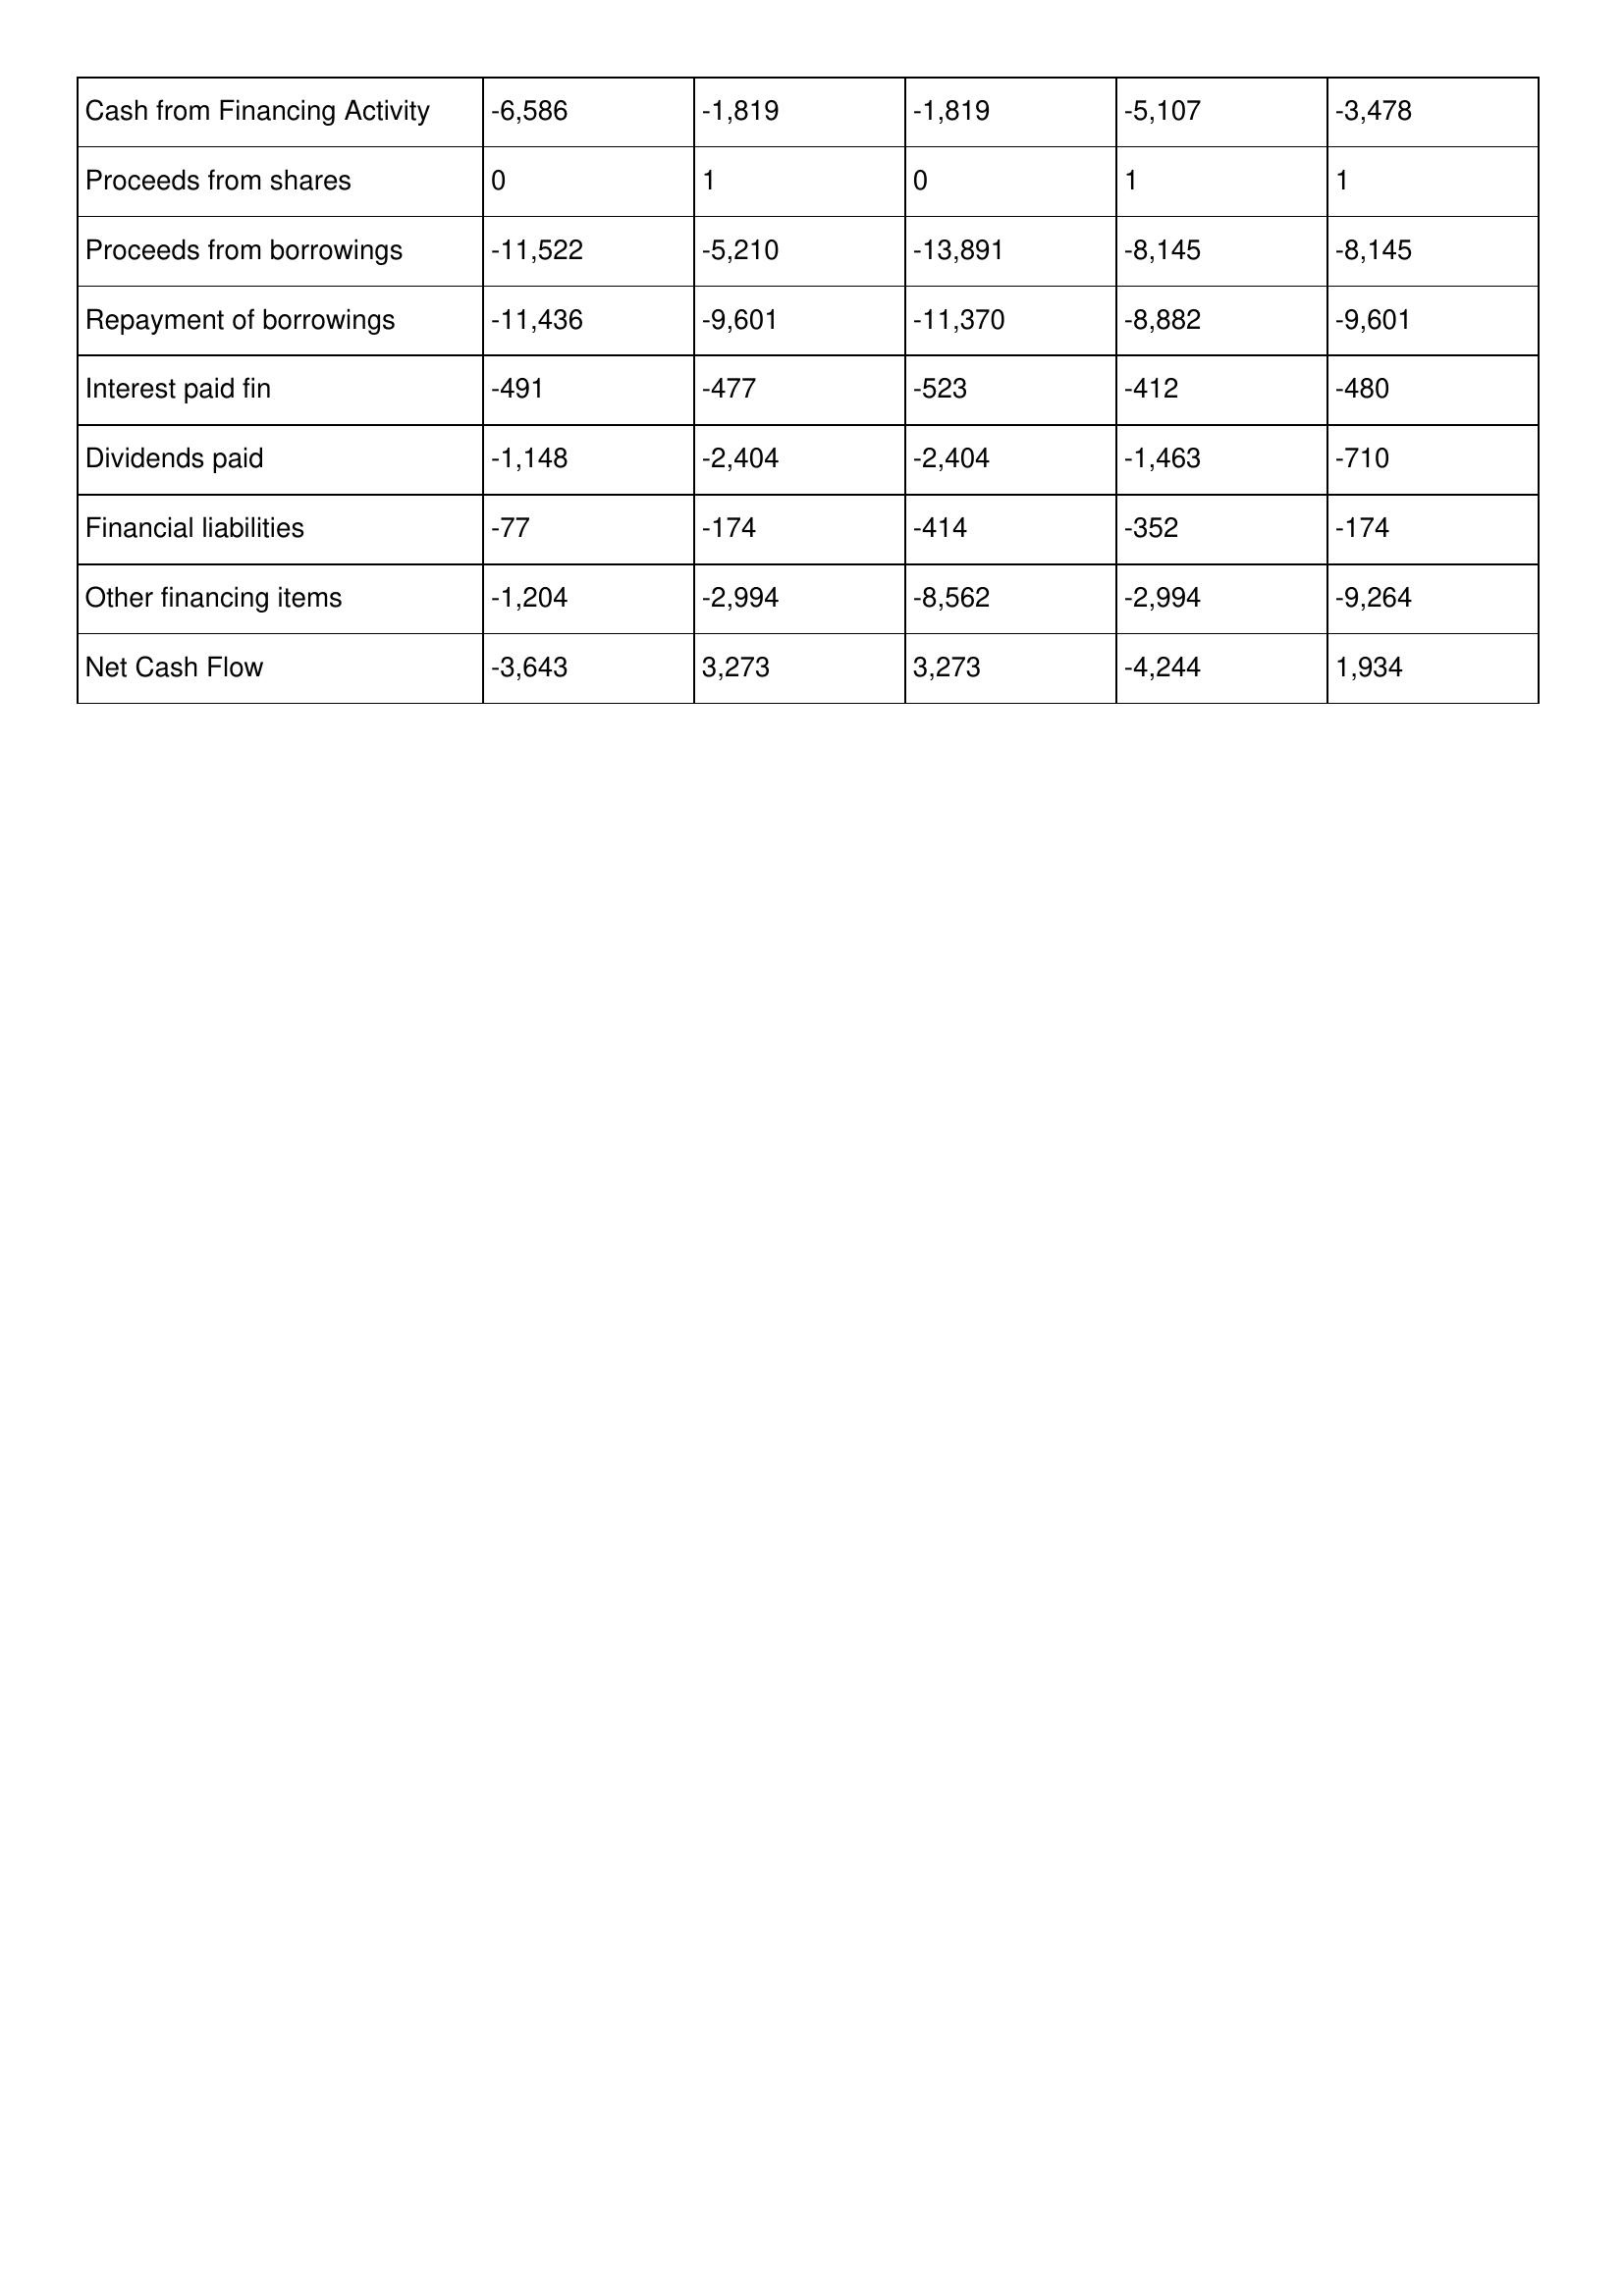
gt_parse: 2014: Cash Flows: Cash from Financing Activity: -6,586
Proceeds from shares: 0
Proceeds from borrowings: -11,522
Repayment of borrowings: -11,436
Interest paid fin: -491
Dividends paid: -1,148
Financial liabilities: -77
Other financing items: -1,204
Net Cash Flow: -3,643
2013: Cash Flows: Cash from Financing Activity: -1,819
Proceeds from shares: 1
Proceeds from borrowings: -5,210
Repayment of borrowings: -9,601
Interest paid fin: -477
Dividends paid: -2,404
Financial liabilities: -174
Other financing items: -2,994
Net Cash Flow: 3,273
2012: Cash Flows: Cash from Financing Activity: -1,819
Proceeds from shares: 0
Proceeds from borrowings: -13,891
Repayment of borrowings: -11,370
Interest paid fin: -523
Dividends paid: -2,404
Financial liabilities: -414
Other financing items: -8,562
Net Cash Flow: 3,273
2011: Cash Flows: Cash from Financing Activity: -5,107
Proceeds from shares: 1
Proceeds from borrowings: -8,145
Repayment of borrowings: -8,882
Interest paid fin: -412
Dividends paid: -1,463
Financial liabilities: -352
Other financing items: -2,994
Net Cash Flow: -4,244
2010: Cash Flows: Cash from Financing Activity: -3,478
Proceeds from shares: 1
Proceeds from borrowings: -8,145
Repayment of borrowings: -9,601
Interest paid fin: -480
Dividends paid: -710
Financial liabilities: -174
Other financing items: -9,264
Net Cash Flow: 1,934